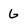
Character: G